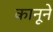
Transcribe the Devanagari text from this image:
कानूने